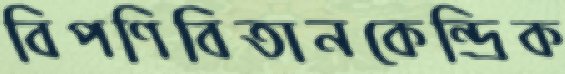
বিপণিবিতানকেন্দ্রিক